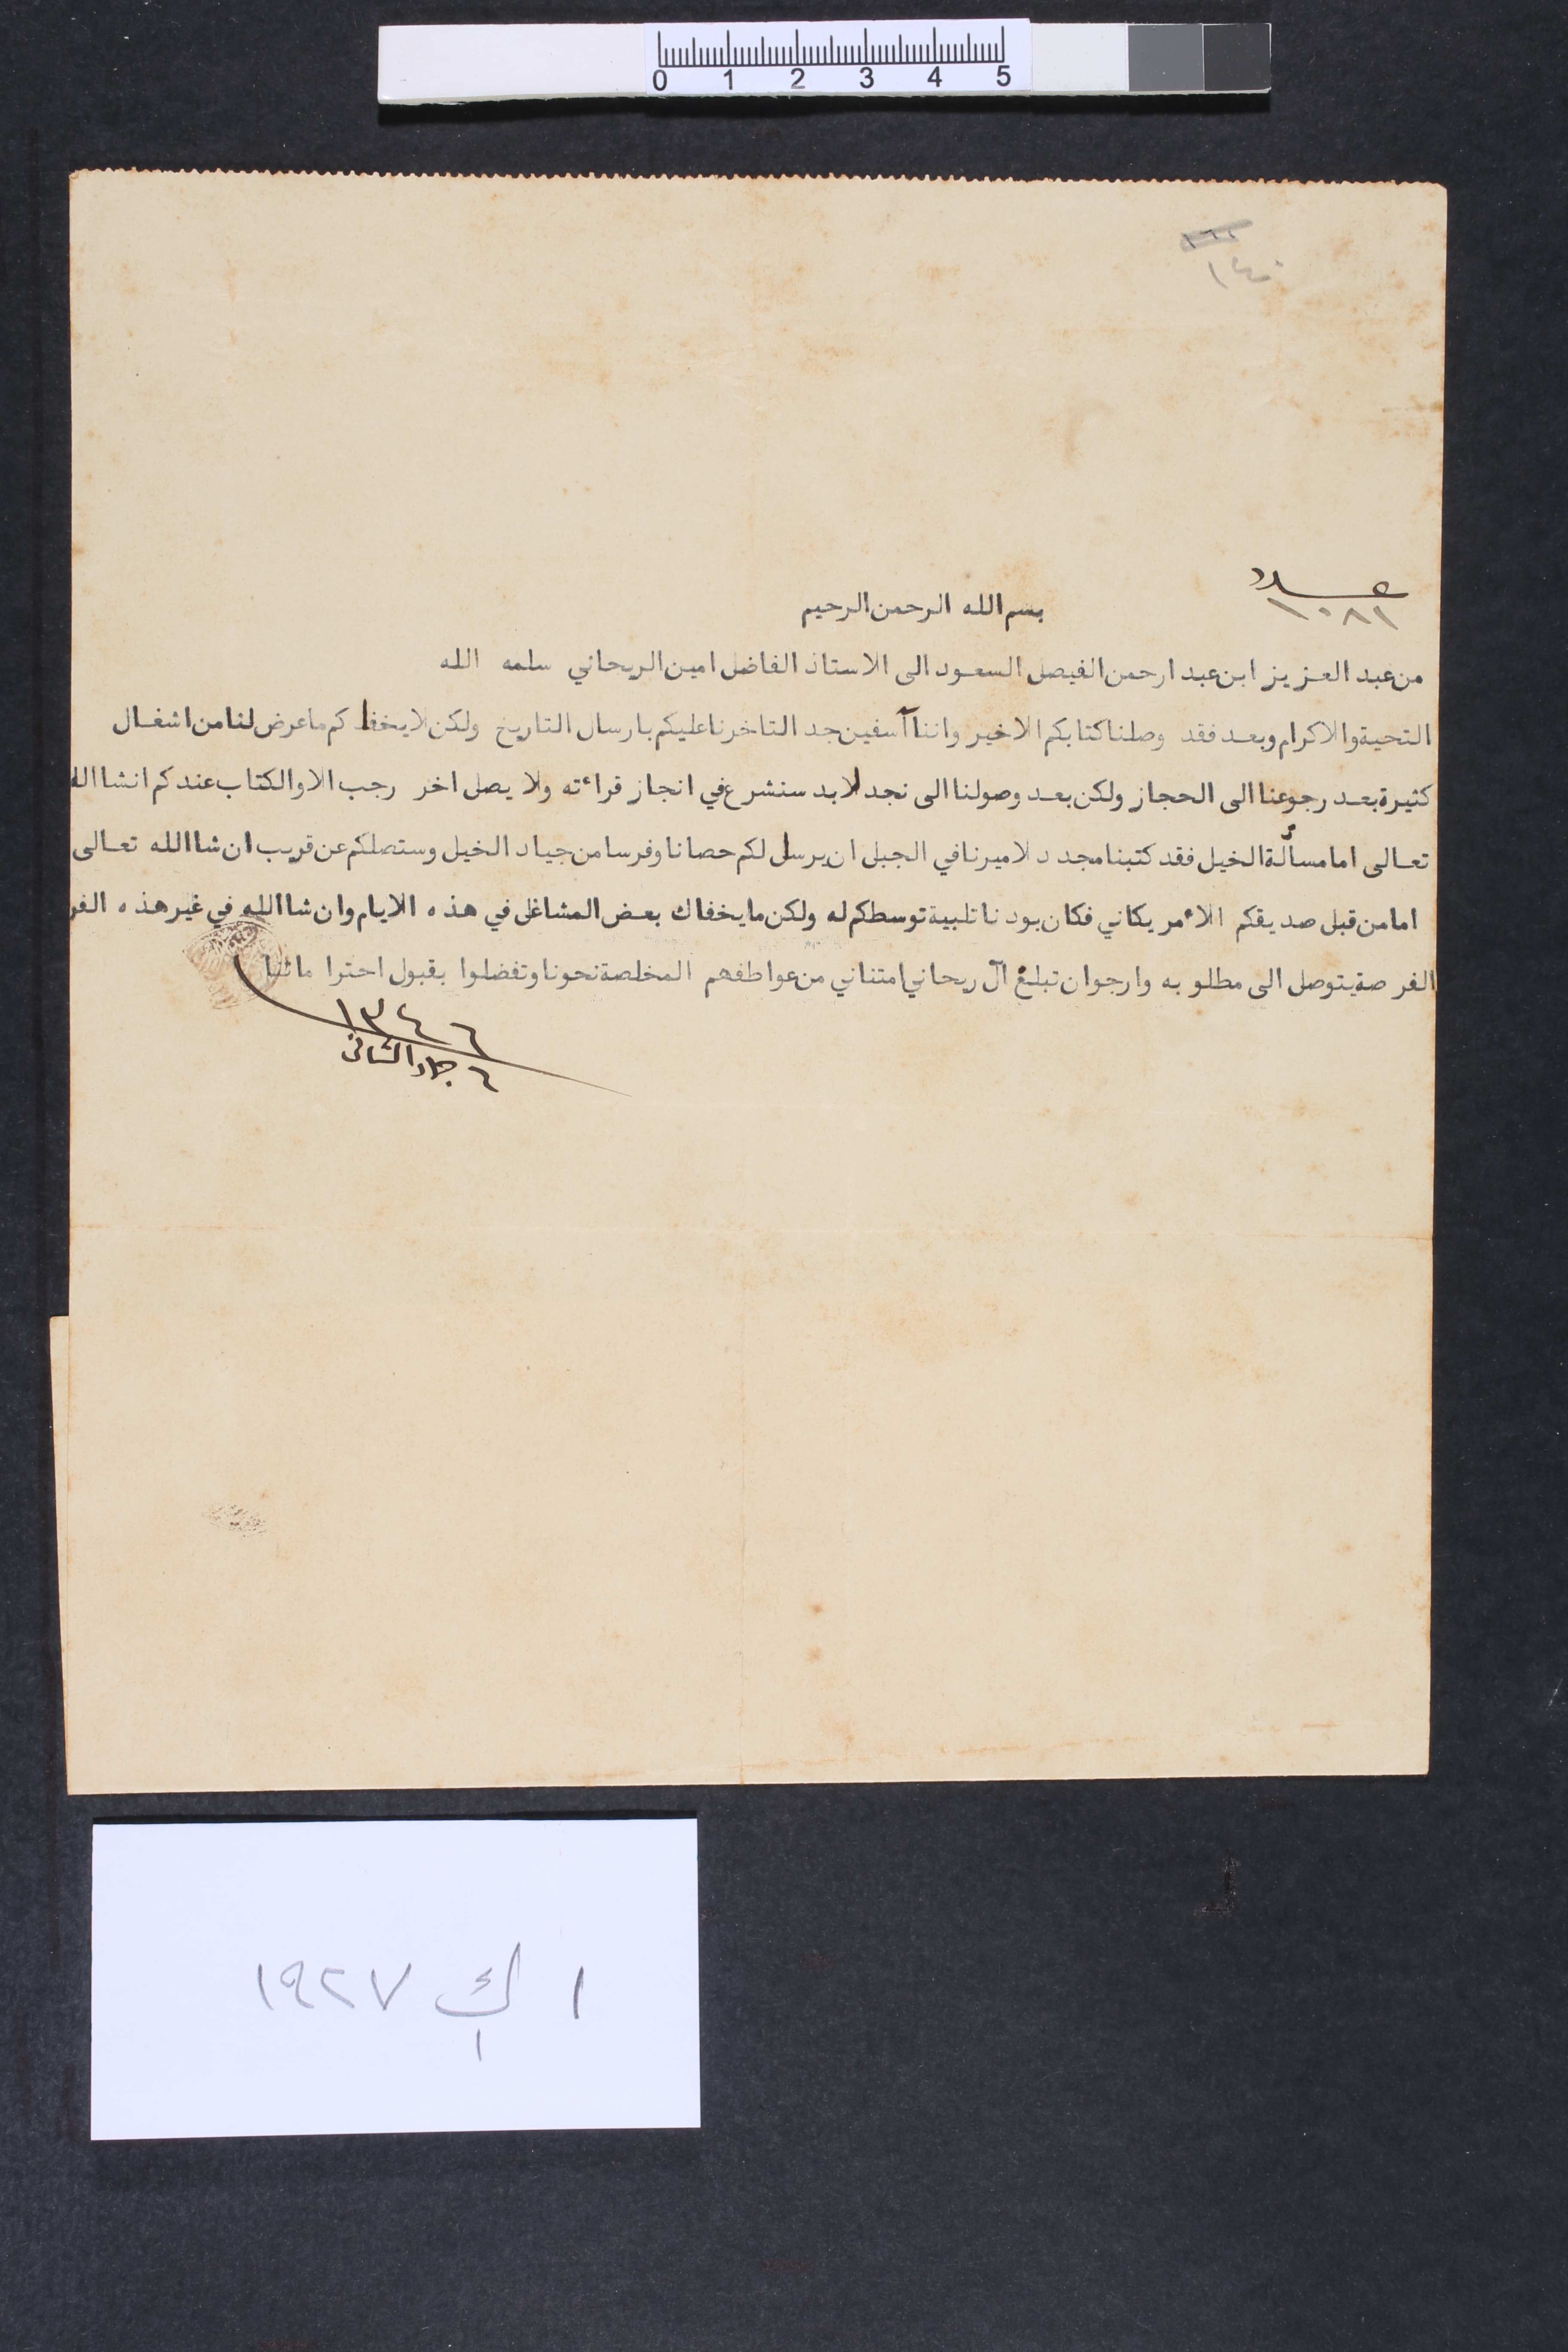
١٤٠
عدد ١٠٨١ 		بسمِ الله الرحمن الرحيم
من عبد العزيز ابن عبد ارحمن الفيصل السعود الى الاستاذ امين الريحاني سلمه الله
التحية والاكرام وبعد فقد وصلنا كتابكم الاخير واننا آسفين جدا لتاخرنا عليكم بارسال التاريخ ولكن لا يخفاكم ما عرض لنا من اشغال
كثيرة بعد رجوعنا الى الحجاز ولكن بعد وصولنا الى نجد لا بد سنشرع في انجاز قراءته ولا يصل اخر رجب الا والكتاب عندكم انشاالله
تعالى اما مسالة الخيل فقد كتبنا مجدد لاميرنا في الجبل ان يرسل لكم حصانا وفرسا من جياد الخيل وستصلكم عن قريب ان شاالله تعالى
اما من قبل صديقكم الأمريكاني فكان بودنا تلبية توسطكم له ولكن ما يخفاك بعض المشاغل في هذه الايام وان شاالله في غير هذه الفر
الفرصة يتوصل الى مطلوبه وارجو ان تبلغ آل ريحاني امتناني من عواطفهم المخلصة نحونا وتفضلوا بقبول احتراماتنا ١٣٤٦ ٦ جماد الثانى
١ ك١ ١٩٢٧